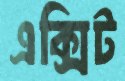
এক্সিট